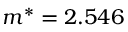
m ^ { * } = 2 . 5 4 6